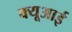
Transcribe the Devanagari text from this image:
क्यूआई